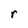
Character: r